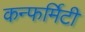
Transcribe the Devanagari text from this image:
कन्फर्मिटी